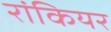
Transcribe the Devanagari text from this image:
रांकियर